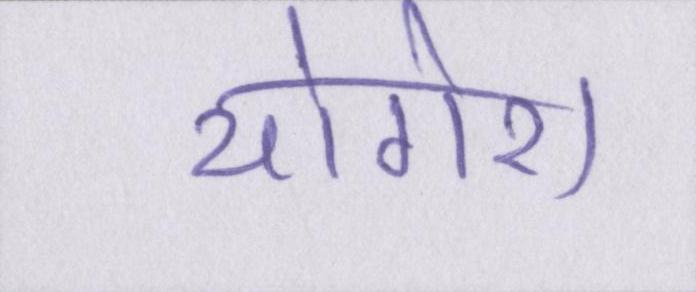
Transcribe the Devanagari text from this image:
योगेश